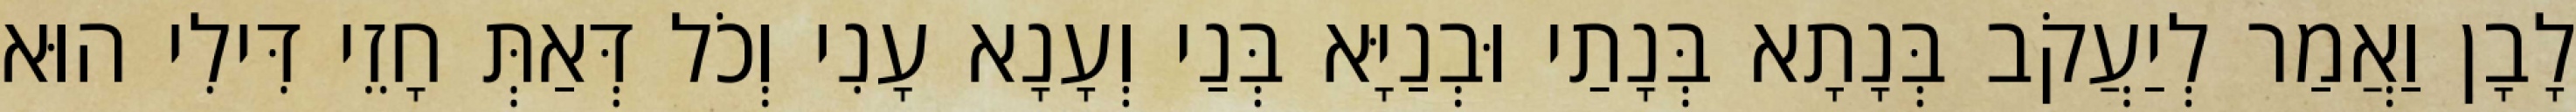
לָבָן וַאֲמַר לְיַעֲקֹב בְּנָתָא בְּנָתַי וּבְנַיָּא בְּנַי וְעָנָא עָנִי וְכֹל דְּאַתְּ חָזֵי דִּילִי הוּא